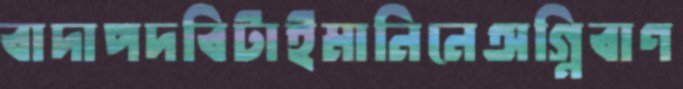
বাদাপদবিটাইমানিনেঅগ্নিবাণ